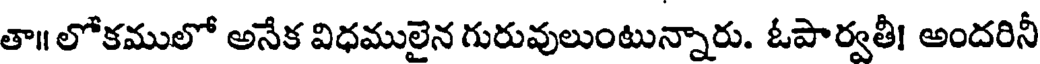
తా॥ లోకములో అనేక విధములైన గురువులుంటున్నారు. ఓపార్వతీ! అందరినీ